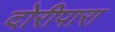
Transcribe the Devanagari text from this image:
दोरीपारा